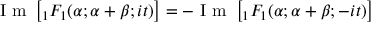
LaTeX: { \textrm { I m } } \left[ { } _ { 1 } F _ { 1 } ( \alpha ; \alpha + \beta ; i t ) \right] = - { \textrm { I m } } \left[ { } _ { 1 } F _ { 1 } ( \alpha ; \alpha + \beta ; - i t ) \right]